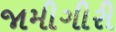
જામીગીરી